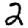
Digit: 2